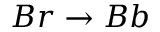
B r \rightarrow B b